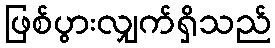
ဖြစ်ပွားလျှက်ရှိသည်